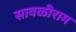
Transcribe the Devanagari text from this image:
सावळीराम